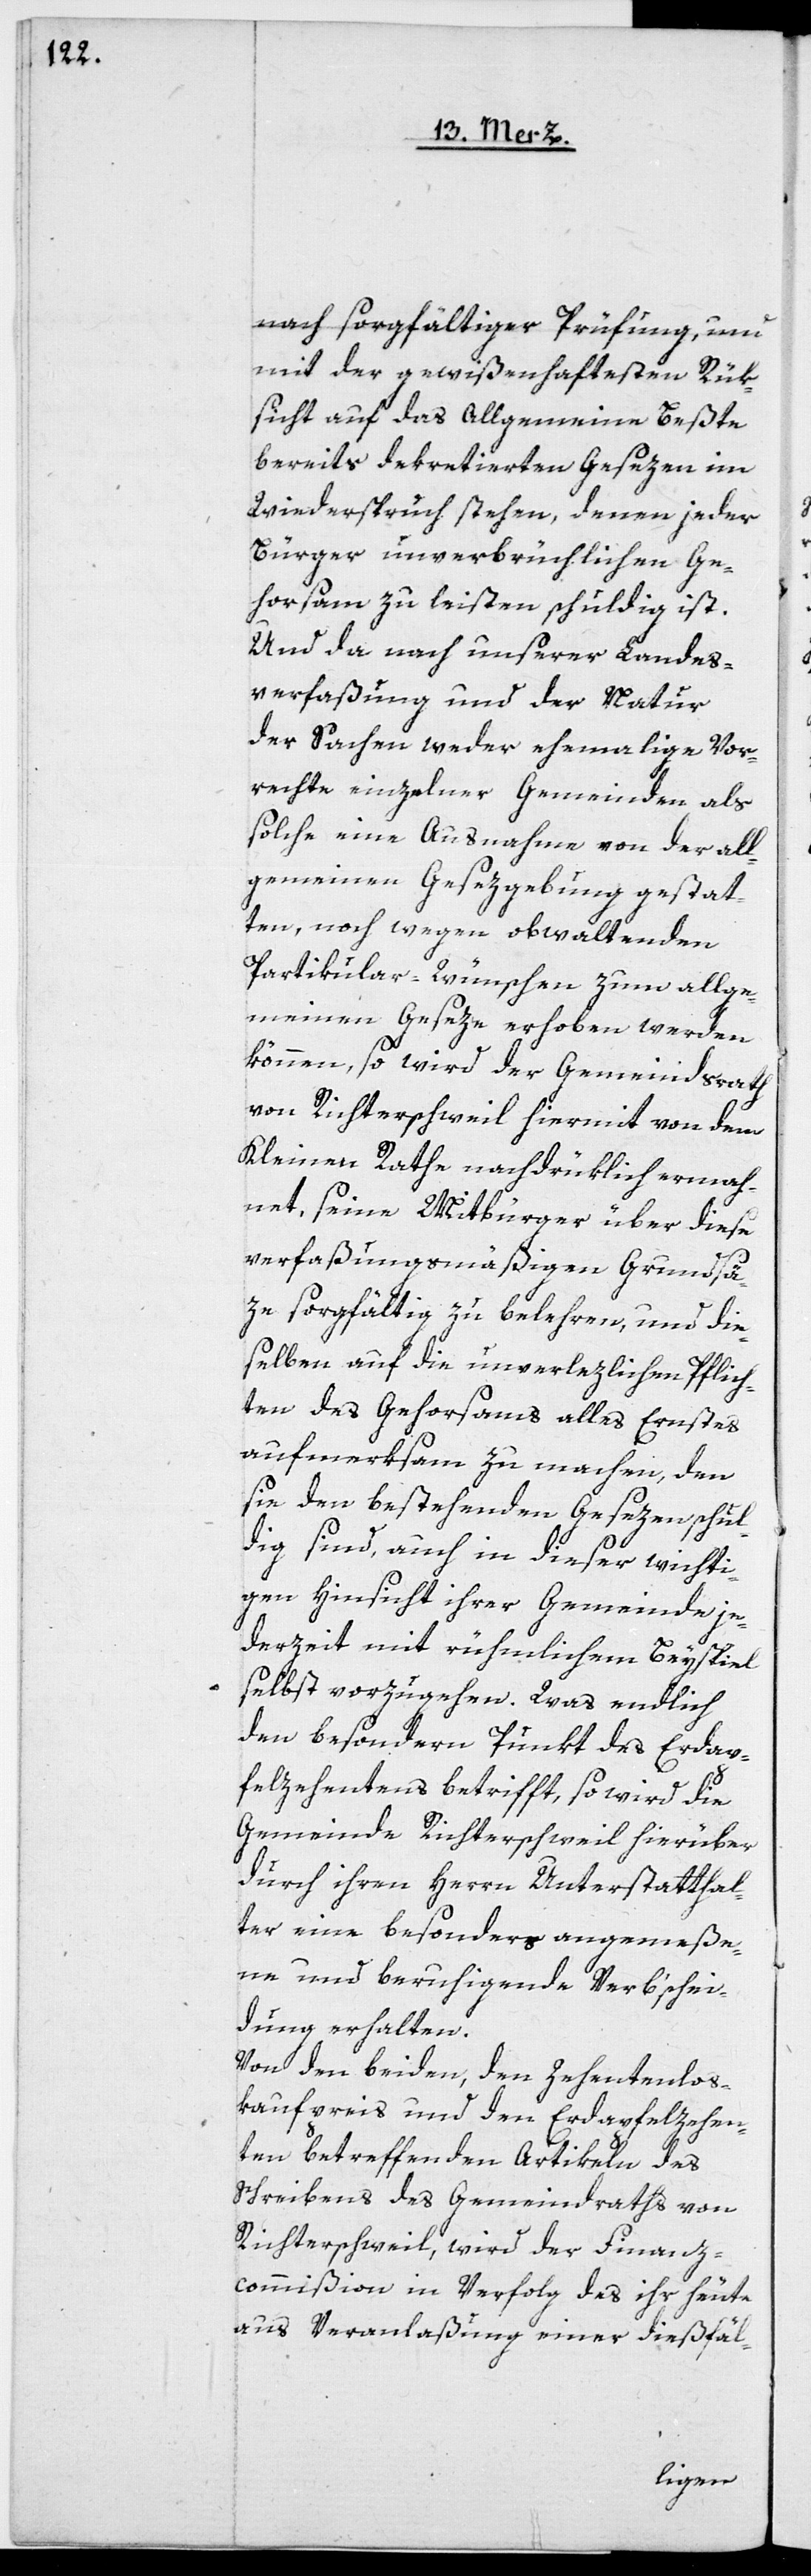
nach sorgfältiger Prüfung, um
mit der gewißenhaftetsten Rük¬
sicht auf das allgemeine Beßte
bereits dekretierten Gesezen im
Wiederspruch stehen, denen jeder
Bürger unverbrüchlichen Ge¬
horsam zu leisten schuldig ist.
Und da nach unserer Landes¬
verfaßung und der Natur
der Sachen weder ehemalige Vor¬
rechte einzelner Gemeinden als
solche eine Ausnahme von der all¬
gemeinen Gesezgebung gestat¬
ten, noch wegen obwaltenden
Partikular-Wünschen zum allge¬
meinen Geseze erhoben werden
können, so wird der Gemeindsrath
von Richterschweil hiermit von dem
Kleinen Rathe nachdrüklich ermah¬
net, seine Mitbürger über diese
verfaßungsmäßigen Grundsä¬
ze sorgfältig zu belehren, und die¬
selben auf die unverlezlichen Pflich¬
ten des Gehorsams alles Ernstes
aufmerksam zu machen, den
sie den bestehenden Gesezen schul¬
dig sind, auch in dieser wichti¬
gen Hinsicht ihrer Gemeinde je¬
derzeit mit rühmlichem Beispiel
selbst vorzugehen. Was endlich
den besondern Punkt des Erdap¬
felzehentens betrifft, so wird die
Gemeinde Richterschweil hierüber
durch ihren Herrn Unterstatthal¬
ter eine besonders angemeße¬
ne und beruhigende Verb’schei¬
dung erhalten.
Von den beiden, den Zehentenlos¬
kaufpreis und den Erdapfelzehen¬
ten betreffenden Artikeln des
Schreibens des Gemeindraths von
Richterschweil, wird der Finanz¬
commißion in Verfolg des ihr heute
aus Veranlaßung einer dießfäl-